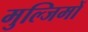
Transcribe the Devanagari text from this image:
मुल्जिमों